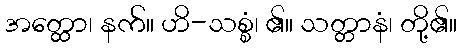
အတ္ထော၊ နက်။ ဟိ-သစ္စံ၊ ၏။ သတ္တာနံ၊ တို့၏။